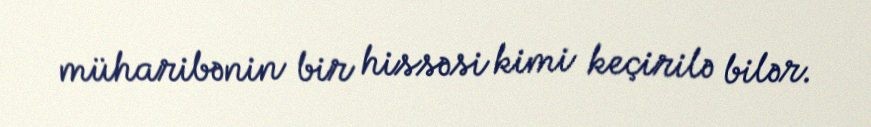
müharibənin bir hissəsi kimi keçirilə bilər.